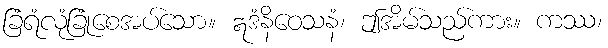
ခြံရံလုံခြုံစေအပ်သော။ ဣဒံနိဝေသနံ၊ ဤအိမ်သည်ကား။ ကဿ၊